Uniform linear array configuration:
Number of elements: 12
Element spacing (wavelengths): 0.75
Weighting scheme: exponential
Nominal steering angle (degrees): -45
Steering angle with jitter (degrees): -43.555
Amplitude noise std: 0.05
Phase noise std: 0.05

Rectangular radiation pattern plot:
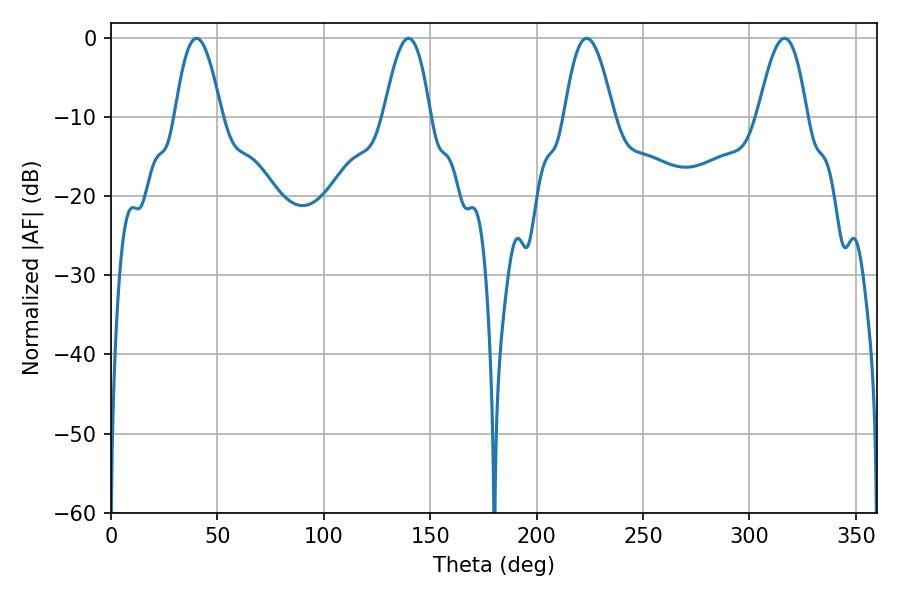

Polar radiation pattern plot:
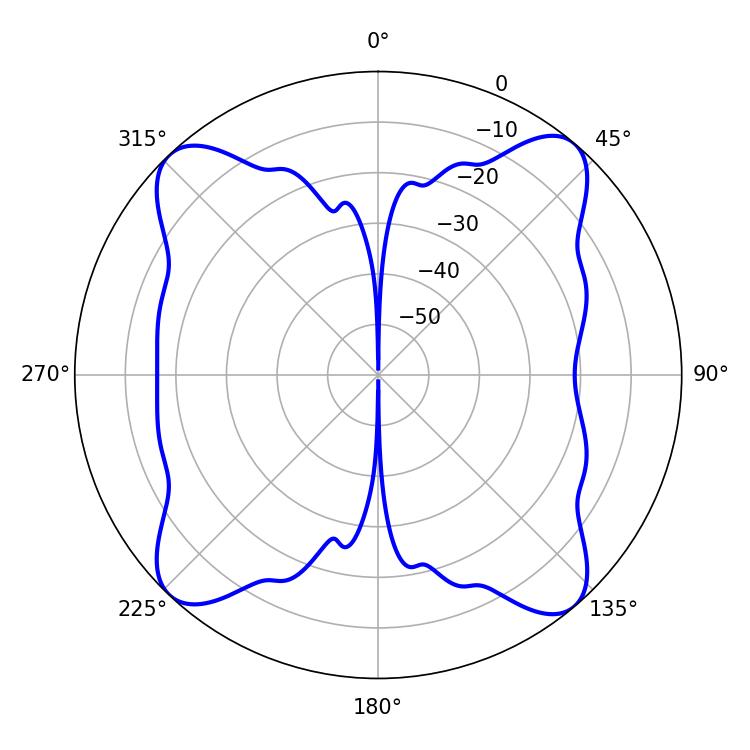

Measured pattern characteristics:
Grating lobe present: TRUE
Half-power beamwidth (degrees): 11.88
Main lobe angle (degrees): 40.14